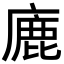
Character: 廘